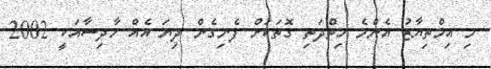
މި އިމްތިޔާޒު އެންމެ ހިތްދަތި ގޮތަކަށް ފެނިގެން ދިޔަ އެއް ހާދިސާއަކީ 2002